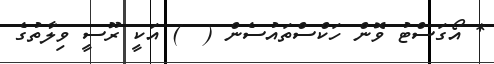
* އޯގަސްޓު ވޮން ހަކްސްތައުސެން (  ) އަކީ ރޫސީ ވިލާތުގެ